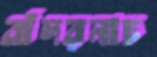
বাঁদরনাচ